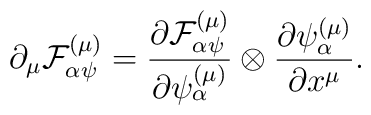
\partial _{\mu }{\cal F}_{\alpha \psi }^{\left( \mu \right) }=\frac{\partial {\cal F}_{\alpha \psi }^{\left( \mu \right) }}{\partial \psi _{\alpha}^{\left( \mu \right) }}\otimes \frac{\partial \psi _{\alpha }^{\left( \mu\right) }}{\partial x^{\mu }}.